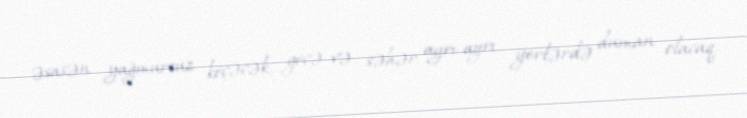
əsasən yağmursuz keçəcək, gecə və səhər ayrı-ayrı yerlərdə duman olacaq.